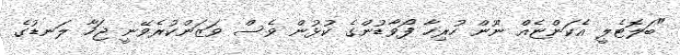
"ބަލޮޓެލީ އެކަންޏެއް ނޫން ހުރިހާ ފޯވާޑުންގެ ކުޅުން ވެސް ވަޒަންކުރެވޭނީ ޖަހާ ލަނޑުގެ